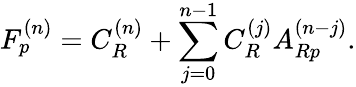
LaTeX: F_{p}^{(n)}=C_{R}^{(n)}+\sum_{j=0}^{n-1}C_{R}^{(j)}A_{Rp}^{(n-j)}.